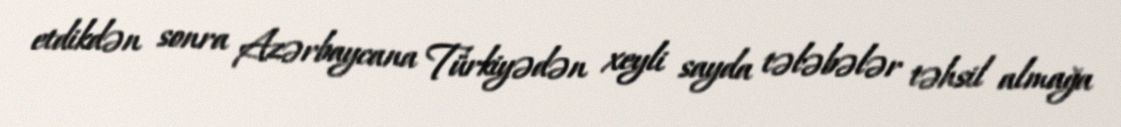
etdikdən sonra Azərbaycana Türkiyədən xeyli sayda tələbələr təhsil almağa